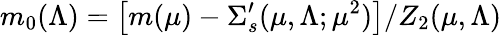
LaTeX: m_{0}(\Lambda)=\left[m(\mu)-\Sigma_{s}^{\prime}(\mu,\Lambda;\mu^{2})\right]/Z_{2}(\mu,\Lambda)